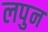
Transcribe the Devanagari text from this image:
लपुन